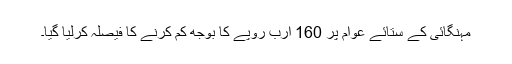
مہنگائی کے ستائے عوام پر 160 ارب روپے کا بوجھ کم کرنے کا فیصلہ کرلیا گیا۔